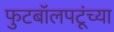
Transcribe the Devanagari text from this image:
फुटबॉलपटूंच्या